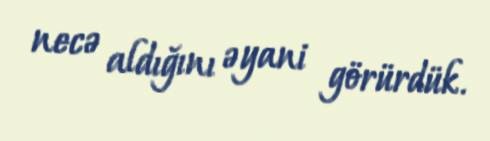
necə aldığını əyani görürdük.